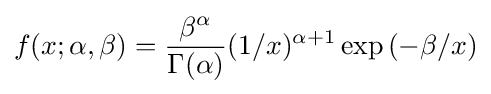
f(x;\alpha ,\beta )={\frac {\beta ^{\alpha }}{\Gamma (\alpha )}}(1/x)^{\alpha +1}\exp \left(-\beta /x\right)